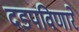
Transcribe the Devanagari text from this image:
दडपविणारे